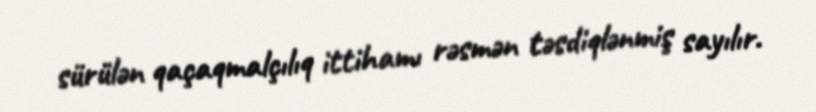
sürülən qaçaqmalçılıq ittihamı rəsmən təsdiqlənmiş sayılır.